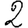
Digit: 2